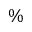
\%